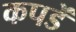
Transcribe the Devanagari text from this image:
कपडें